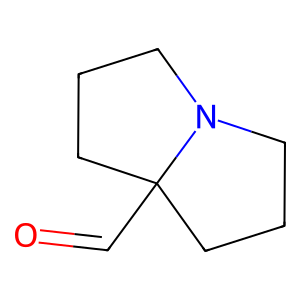
SMILES: O=CC12CCCN1CCC2
Inhibits HIV replication: No